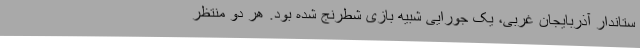
ستاندار آذربایجان غربی، یک جورایی شبیه بازی شطرنج شده بود. هر دو منتظر